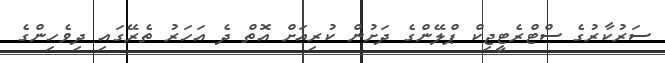
ސަރުކާރުގެ ސްޓްރެޓީޖިކް ޕްލޭންގެ ދަށުން ކުރިއަށް އޮތް ދެ އަހަރު ތެރޭގައި ދިވެހިންގެ